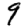
Digit: 9